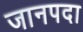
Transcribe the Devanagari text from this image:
जानपदा